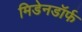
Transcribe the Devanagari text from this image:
मिडेनडॉर्फ